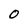
Character: O